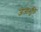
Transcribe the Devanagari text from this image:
जेजाभुक्ति